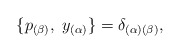
\begin{align*}\{p_{(\beta)},\ { y}_{(\alpha)}\} =\delta_{(\alpha)(\beta)},\end{align*}